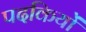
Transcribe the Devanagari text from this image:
पदकियों